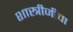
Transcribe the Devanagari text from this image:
शास्त्रीजींचा